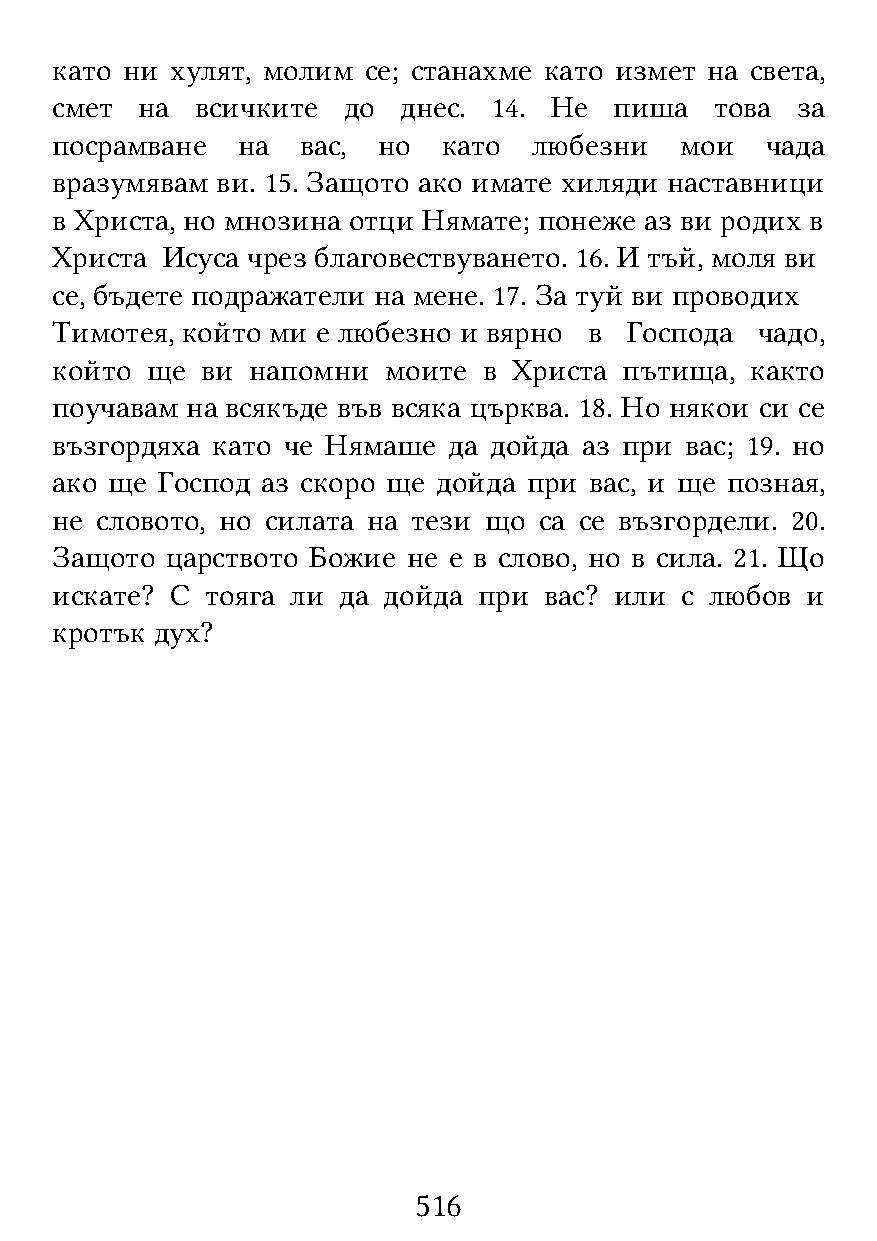
като ни хулят, молим се; станахме като измет на света,
 смет  на  всичките  до днес.  14. Не  пиша  това  за
 посрамване   на  вас, но  като  любезни   мои   чада
 вразумявам ви. 15. Защото ако имате хиляди наставници
 в Христа, но мнозина отци Нямате; понеже аз ви родих в
 Христа  Исуса чрез благовествуването. 16. И тъй, моля ви
 се, бъдете подражатели на мене. 17. За туй ви проводих
 Тимотея, който ми е любезно и вярно в Господа  чадо,
 който  ще ви напомни  моите  в Христа пътища,  както
 поучавам на всякъде във всяка църква. 18. Но някои си се
 възгордяха като че Нямаше  да дойда аз при вас; 19. но
 ако ще Господ аз скоро ще дойда при вас, и ще позная,
 не словото, но силата на тези що са се възгордели. 20.
 Защото  царството Божие не е в слово, но в сила. 21. Що
 искате? С  тояга ли да дойда при вас? или с любов и
 кротък дух?
 516